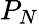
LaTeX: P_{N}